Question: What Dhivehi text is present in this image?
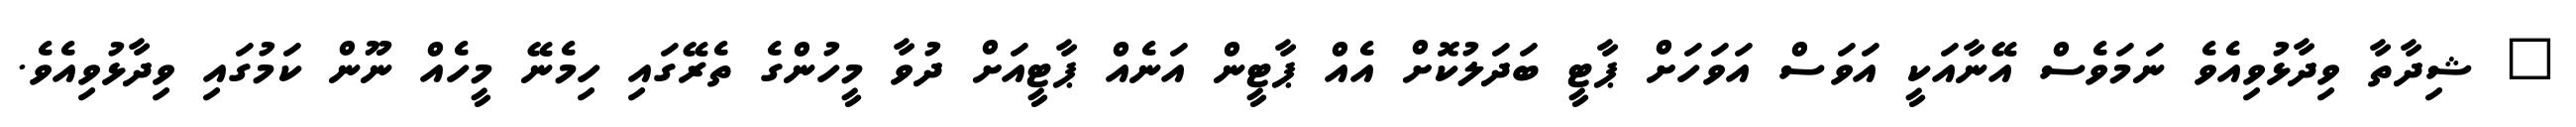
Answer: " ޝިދާތާ ވިދާޅުވިއެވެ ނަމަވެސް އޭނާއަކީ އަވަސް އަވަހަށް ޕާޓީ ބަދަލުކޮށް އެއް ޕާޓީން އަނެއް ޕާޓީއަށް ދުވާ މީހުންގެ ތެރޭގައި ހިމެނޭ މީހެއް ނޫން ކަމުގައި ވިދާޅުވިއެވެ.